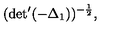
( \mathrm { d e t } ^ { \prime } ( - { \Delta } _ { 1 } ) ) ^ { - \frac { 1 } { 2 } } ,